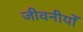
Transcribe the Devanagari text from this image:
जीवनीयोँ